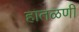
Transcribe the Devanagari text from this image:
हातळणी